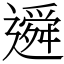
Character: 䢬